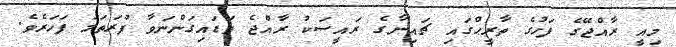
މިއީ ރާއްޖޭގެ ފަހުގެ ތާރީޙްގައި ޗައިނާގެ ރައީސަކު ރާއްޖެ ވަޑައިގަންނަވާ ފުރަތަމަ ފަހަރެވެ.